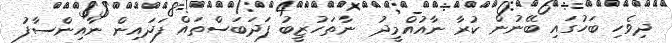
ދިވެހި ބަހުގައި ބޭނުން ކުރާ ނާއުއްމީދު  ނާތަހުޒީބު ފަދަބަސްތައް ފަދައިން ނާއިންސާފު